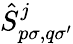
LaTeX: \hat{S}_{p\sigma,q\sigma^{\prime}}^{j}